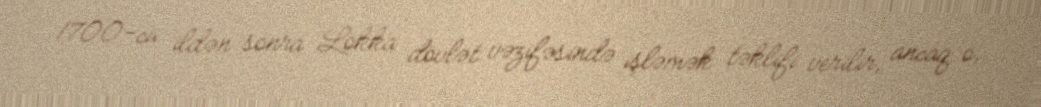
1700-cü ildən sonra Lokka dövlət vəzifəsində işləmək təklifi verilir, ancaq o,